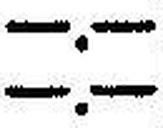
—.—